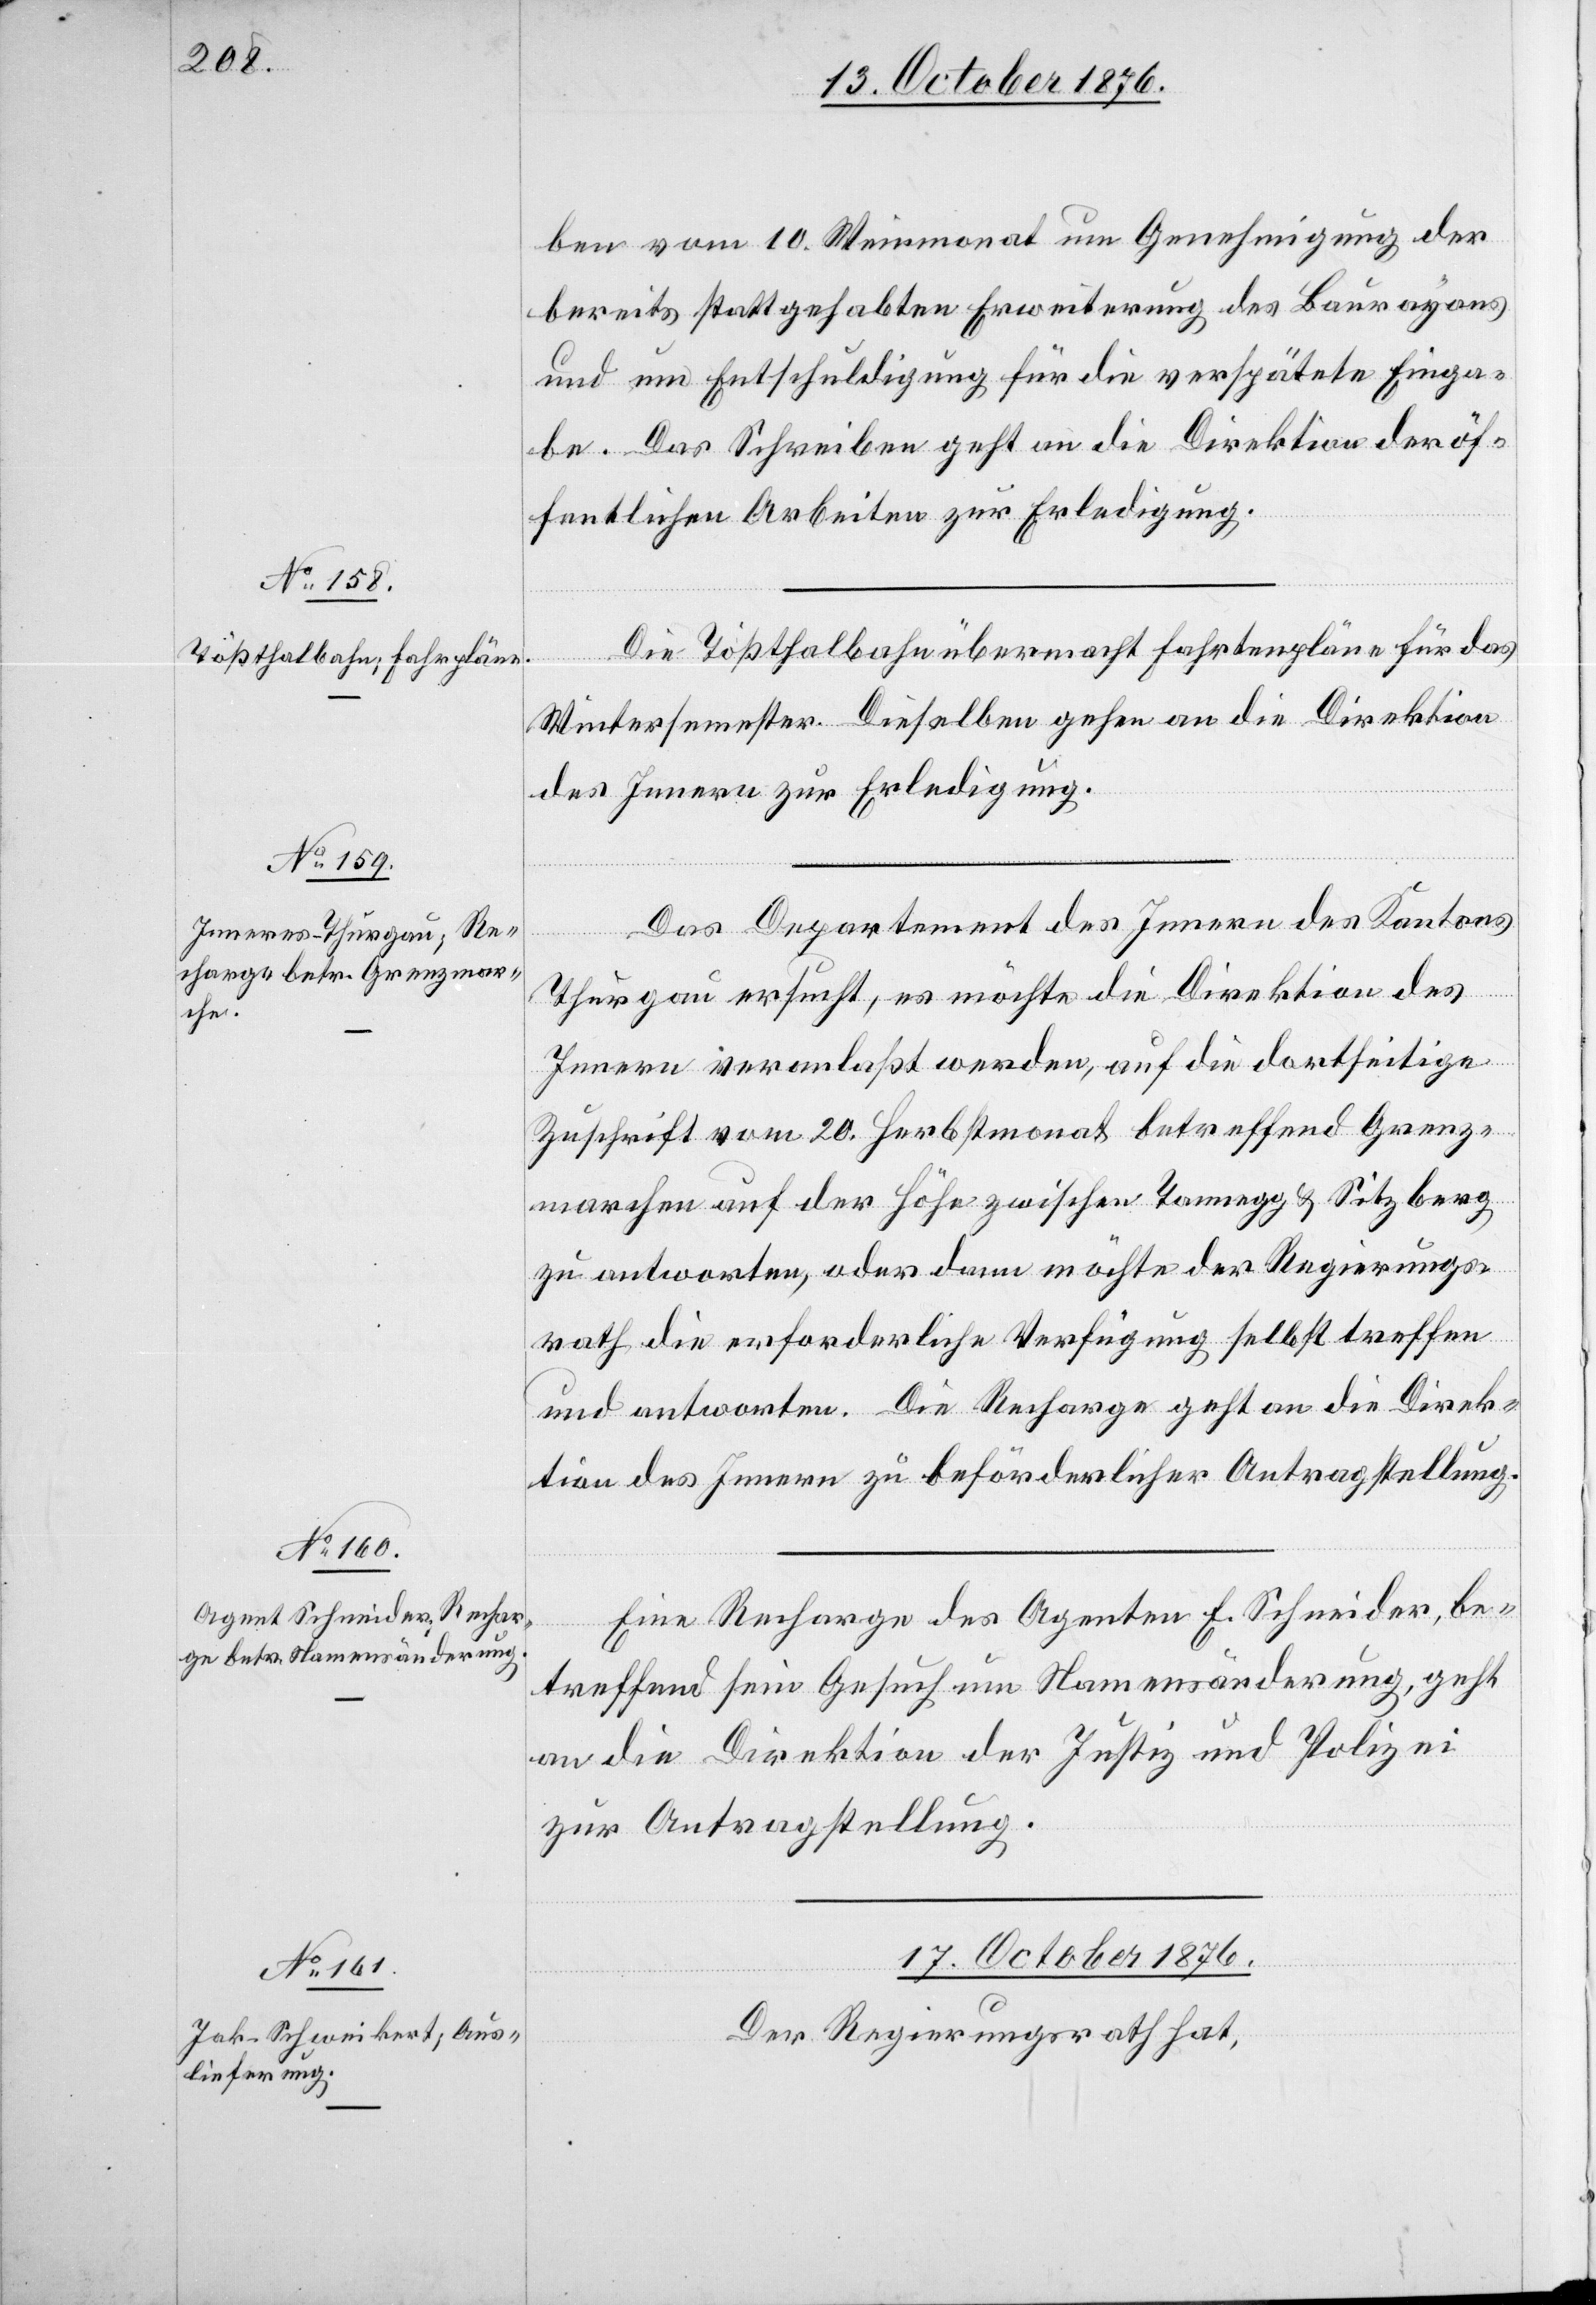
17. October 1876.
ben vom 10. Weinmonat um Genehmigung der
bereits stattgehabten Erweiterung des Baurayons
und um Entschuldigung für die verspätete Einga¬
be. Das Schreiben geht an die Direktion der öf¬
fentlichen Arbeiten zur Erledigung.
Die Tößthalbahn übermacht Fahrtenpläne für das
Wintersemester. Dieselben gehen an die Direktion
des Innern zur Erledigung.
Das Direktion des Innern des Kantons
Thurgau ersucht, es möchte die Direktion des
Innern veranlaßt werden, auf die dortseitige
Zuschrift vom 20. Herbstmonat betreffend Grenz¬
marchen auf der Höhe zwischen Tannegg & Sitzberg
zu antworten, oder dann möchte der Regierungs¬
rath die erforderliche Verfügung selbst treffen
und antworten. Die Recharge geht an die Direk¬
tion des Innern zu beförderlicher Antragstellung.
Eine Recharge des Agenten E. Schneider, be¬
treffend sein Gesuch um Namensänderung, geht
an die Direktion der Justiz und Polizei
zur Antragstellung.
Der Regierungsrath hat,